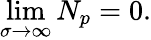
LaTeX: \operatorname*{lim}_{\sigma\to\infty}N_{p}=0.